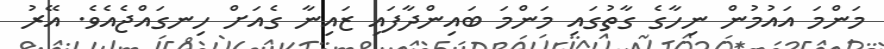
މަންމަ އައުމުން ނިހާގެ ގާތުގައި މަންމަ ބައިންދާފައި ޒައިނާ ގެއަށް ހިނގައްޖެއެވެ. އޭރު